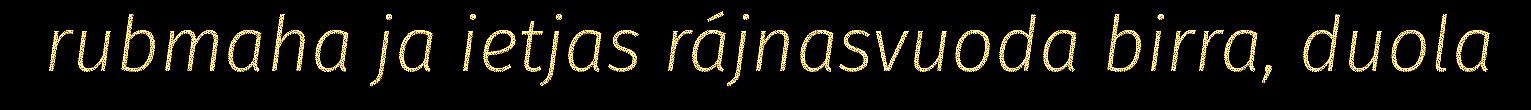
rubmaha ja ietjas rájnasvuoda birra, duola